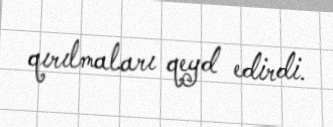
qırılmaları qeyd edirdi.